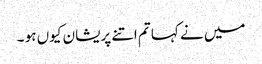
میں نے کہا تم اتنے پریشان کیوں ہو ۔